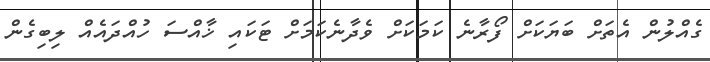
ގެއްލުން އެތަށް ބަޔަކަށް ފޯރާނެ ކަމަކަށް ވެދާނެކަމަށް ޓަކައި ޚާއްސަ ހުއްދައެއް ލިބިގެން